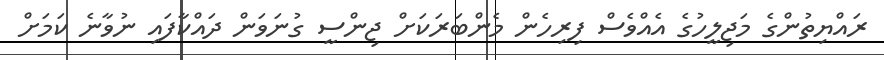
ރައްޔިތުންގެ މަޖިލީހުގެ އެއްވެސް ފިރިހެން މެންބަރަކަށް ޖިންސީ ގުނަވަން ދައްކާފައި ނުވާނެ ކަމަށް